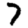
Digit: 7